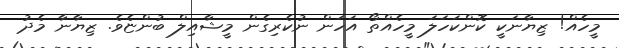
މީހެއް! ޒިޔާނަކީ ކޮންކަހަލަ މީހެއްތޯ އަހަން ނުކެރިގެން މީޝާއިލް ބުންޏެވެ. ޒިޔާނާ މެދު